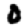
Digit: 0